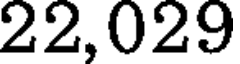
22,029